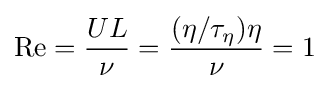
\mathrm {Re} ={\frac {UL}{\nu }}={\frac {(\eta /\tau _{\eta })\eta }{\nu }}=1